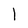
Character: 1